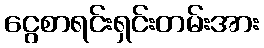
ငွေစာရင်းရှင်းတမ်းအား